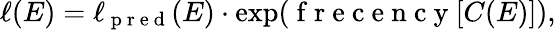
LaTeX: \ell(E)=\ell_{\mathrm{~p~r~e~d~}}(E)\cdot\exp(\mathrm{~f~r~e~c~e~n~c~y~}[C(E)]),